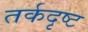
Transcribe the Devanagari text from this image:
तर्कदृष्ट